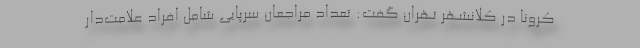
کرونا در کلانشهر تهران گفت: تعداد مراجعان سرپایی شامل افراد علامت‌دار